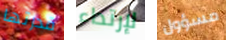
قدرتها لإرتداء مسؤول